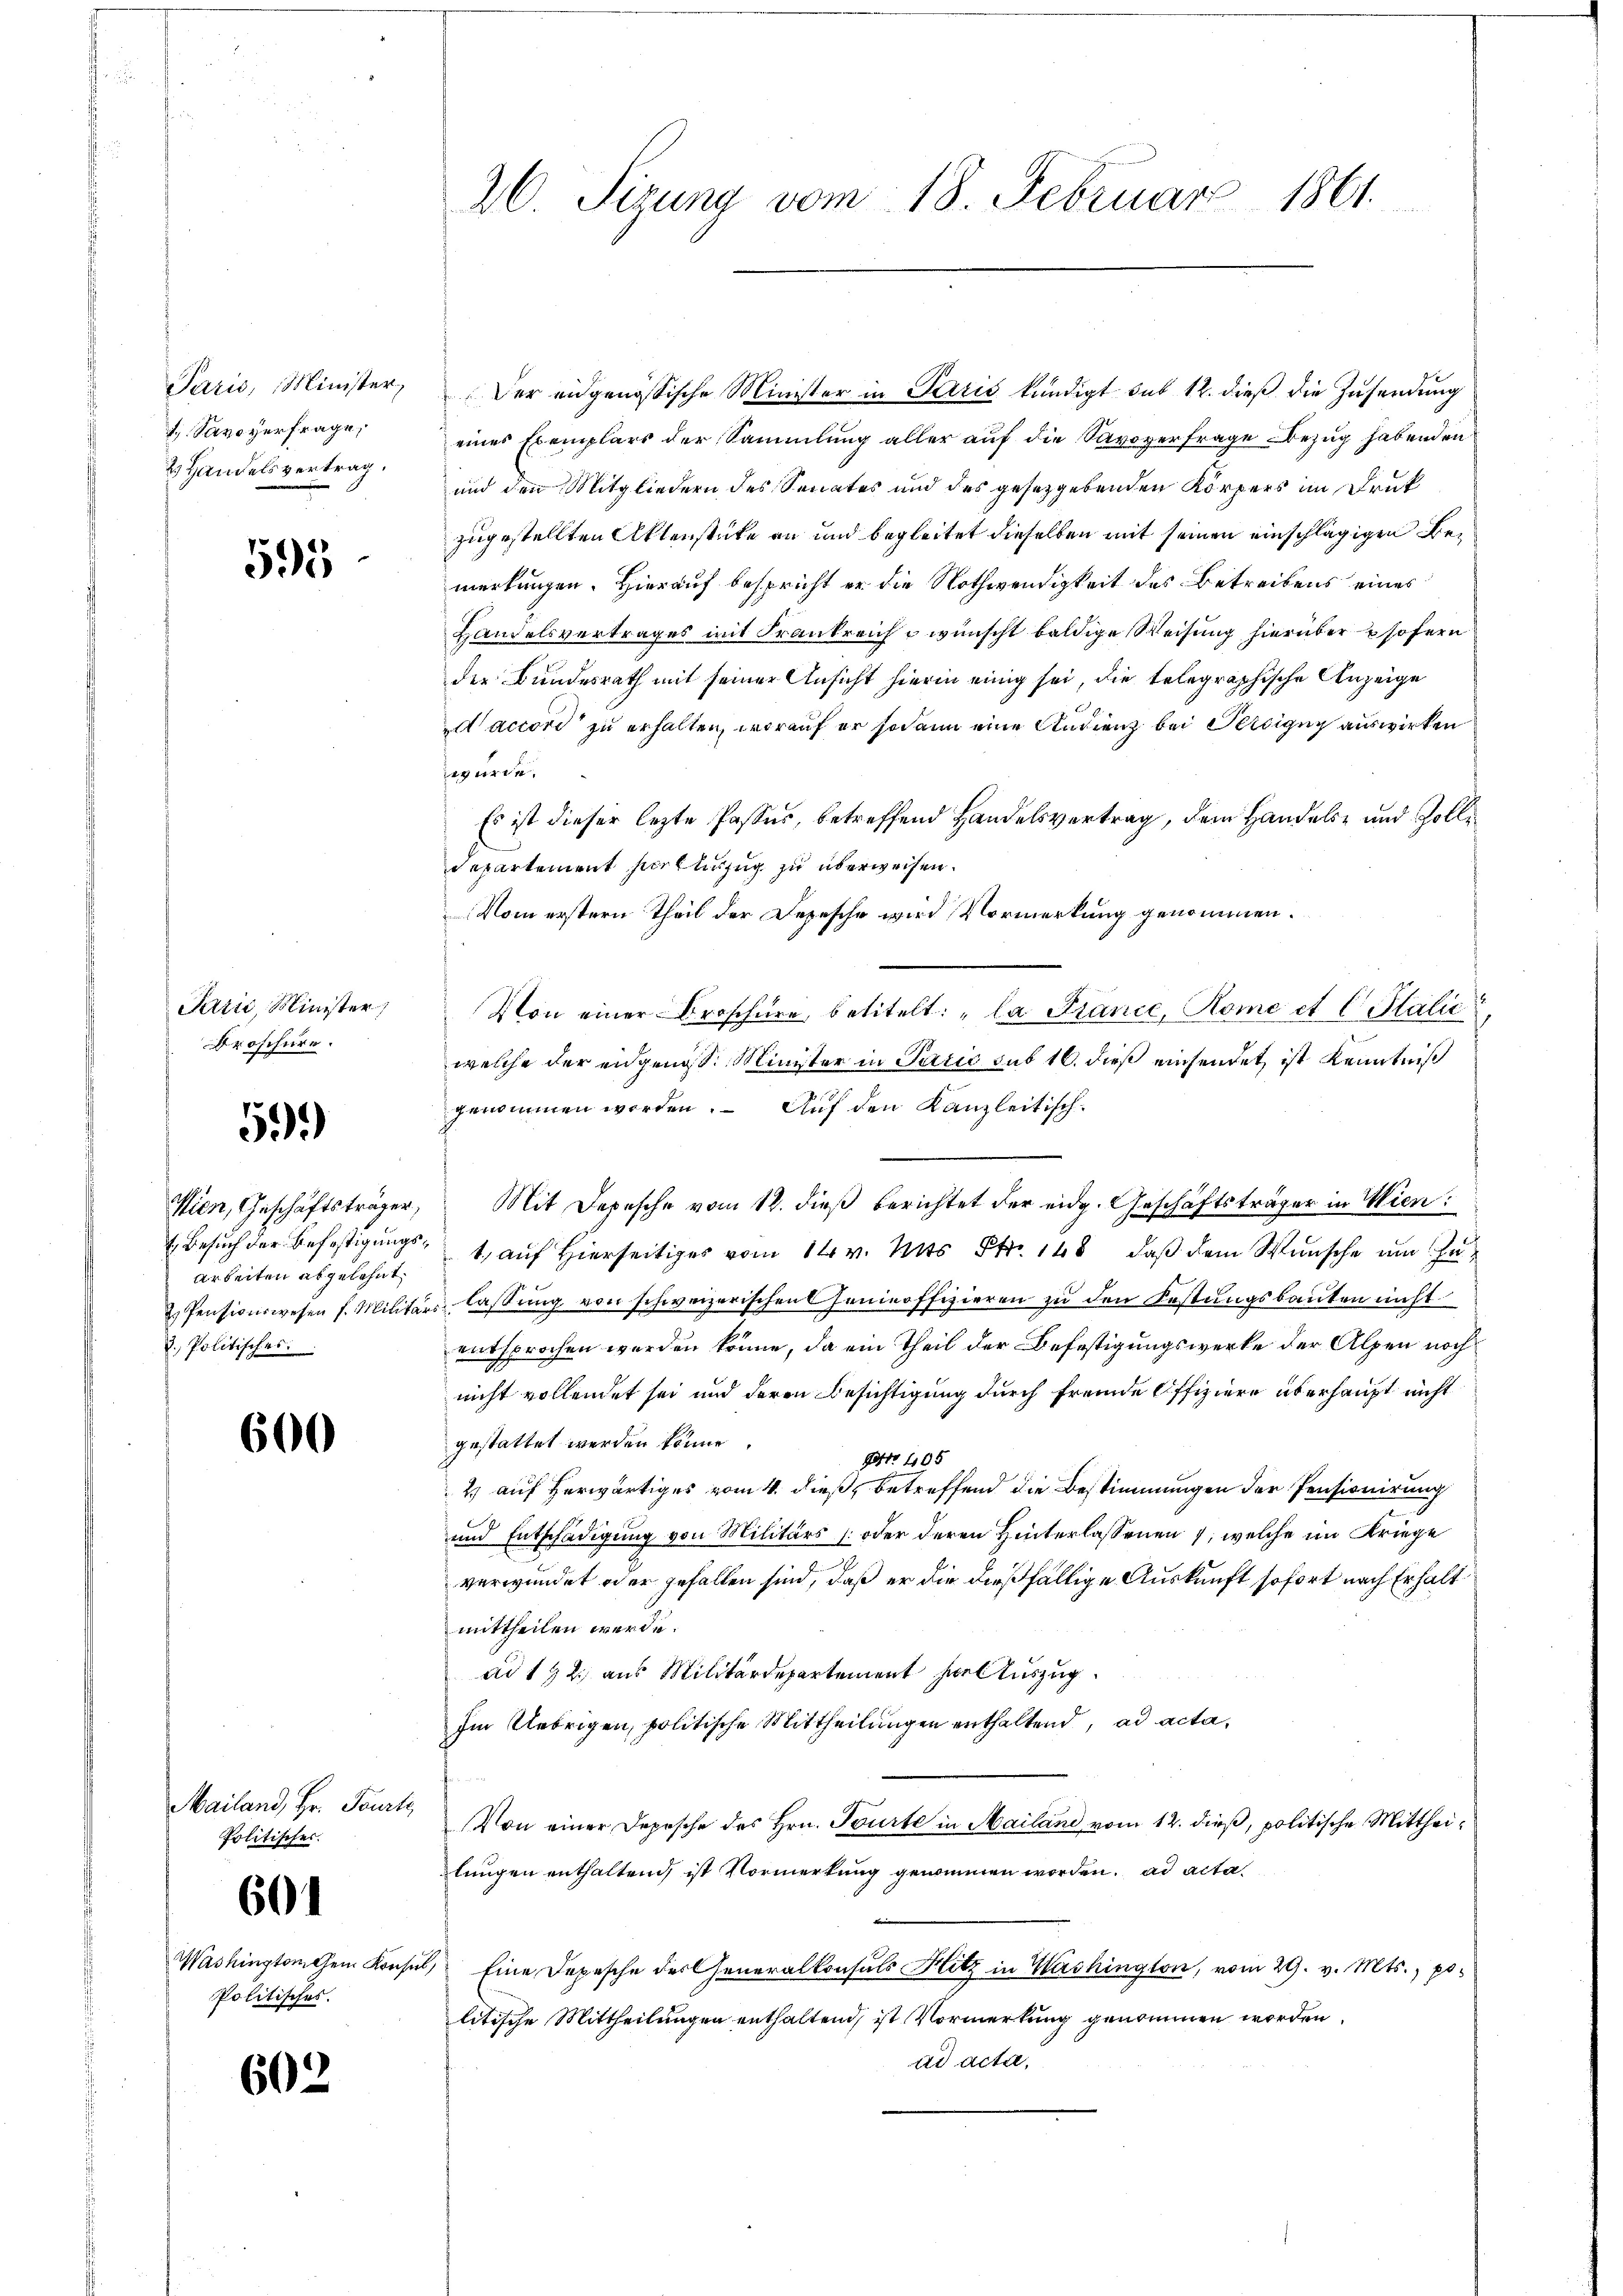
Savoyerfrage,
3 Handelsvertrag.

595

Pazić, Minister
Proschüre.

59.)

Arbeiten abgelehnt.
d. Politisches

600

Mailand, Hr. Feurte
Politisches.

601

Politisches.

602

26. Sizung vom 18. Februar 1861.

Paris, Minister, Der eidgenössische Minister in Paris kündigt sub 12. dieß die Zusendung
eines Exemplars der Sammlung aller auf die Savoyer frage Bezug habenden
und den Mitgliedern des Senates und des gesetzgebenden Körpers im Druk
zugestellten Aktenstücke an und begleitet dieselben mit seinen einschlägigen Bemerkungen. Hierauf bespricht er die Nothwendigkeit des Betreibens eines
Handelsvertrages mit Frankreich u wünscht baldige Weisung hierüber psofern
der Bundesrath mit seiner Ansicht hierin einig sei, die telegraphische Anzeige
d accord zu erhalten, worauf er sodann eine Audienz bei Percigug auswirken
eriren.
Es ist dieser lezte Passes, betreffend Handelsvertrag, dem Handels- und Zolldepartement Hertlinzug zu überweisen.
Vom erstern Theil der Depesche wird Vormerkung genommen.
Von einer Broschüre betitelt: „la France, Rome et C. Stalić
welche der eidgenoss. Minister in Perić sub 16. dieß einsendet ist Kenntniß
genommen worden. Auf den Kanzleitisch¬
Wien, Geschäftsträger, Mit Depesche vom 12. dieß berichtet der eidg. Geschäftsträger in Wien:
1 Besuch der Befestigungs- 1, auf Hierseits vom 14. v. Mts. Fr. 148, daß dem Wunsche um hu¬
2. Pensionswesen f. Militärs lassung von schweizerischen Genieoffizieren zu den Festungsbauten nicht
entsprochen werden könne, da ein Theil der Befestigungswerke der Alpen noch
nicht vollendet sei und deren Besichtigung durch fremde Offiziere überhaupt nicht
gestattet werden könne.
G 405
2) auf herwärtiges vom 4. dieß, betreffend die Bestimmungen der Pensionirung
E
und Entschädigung von Militärs (oder deren Hinterlassenen , welche im Kriege
verwundet oder gefallen sind, daß er die dießfällige Auskunft sofort nach Erhalt
mittheilen werde.
ad 192. aus Militärdepartement hiel Auszug
Im Uebrigen, politische Mittheilungen enthaltend, ad acta,
Von einer Depesche des Hrn. Tourte in Mailand vom 12. dieß, politische Mittheilungen enthaltend, ist Vormerkung genommen worden. ad acta¬
Washingtonchen Konsul, Eine Depesche der Generalkonsuls Hitz in Washington, vom 29. v. Mts., politische Mittheilungen enthaltend, ist Vormerkung genommen worden.
ad acta,